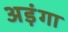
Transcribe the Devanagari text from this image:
अड़ंगा